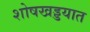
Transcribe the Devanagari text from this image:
शोषखड्डयात